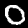
Label: 0